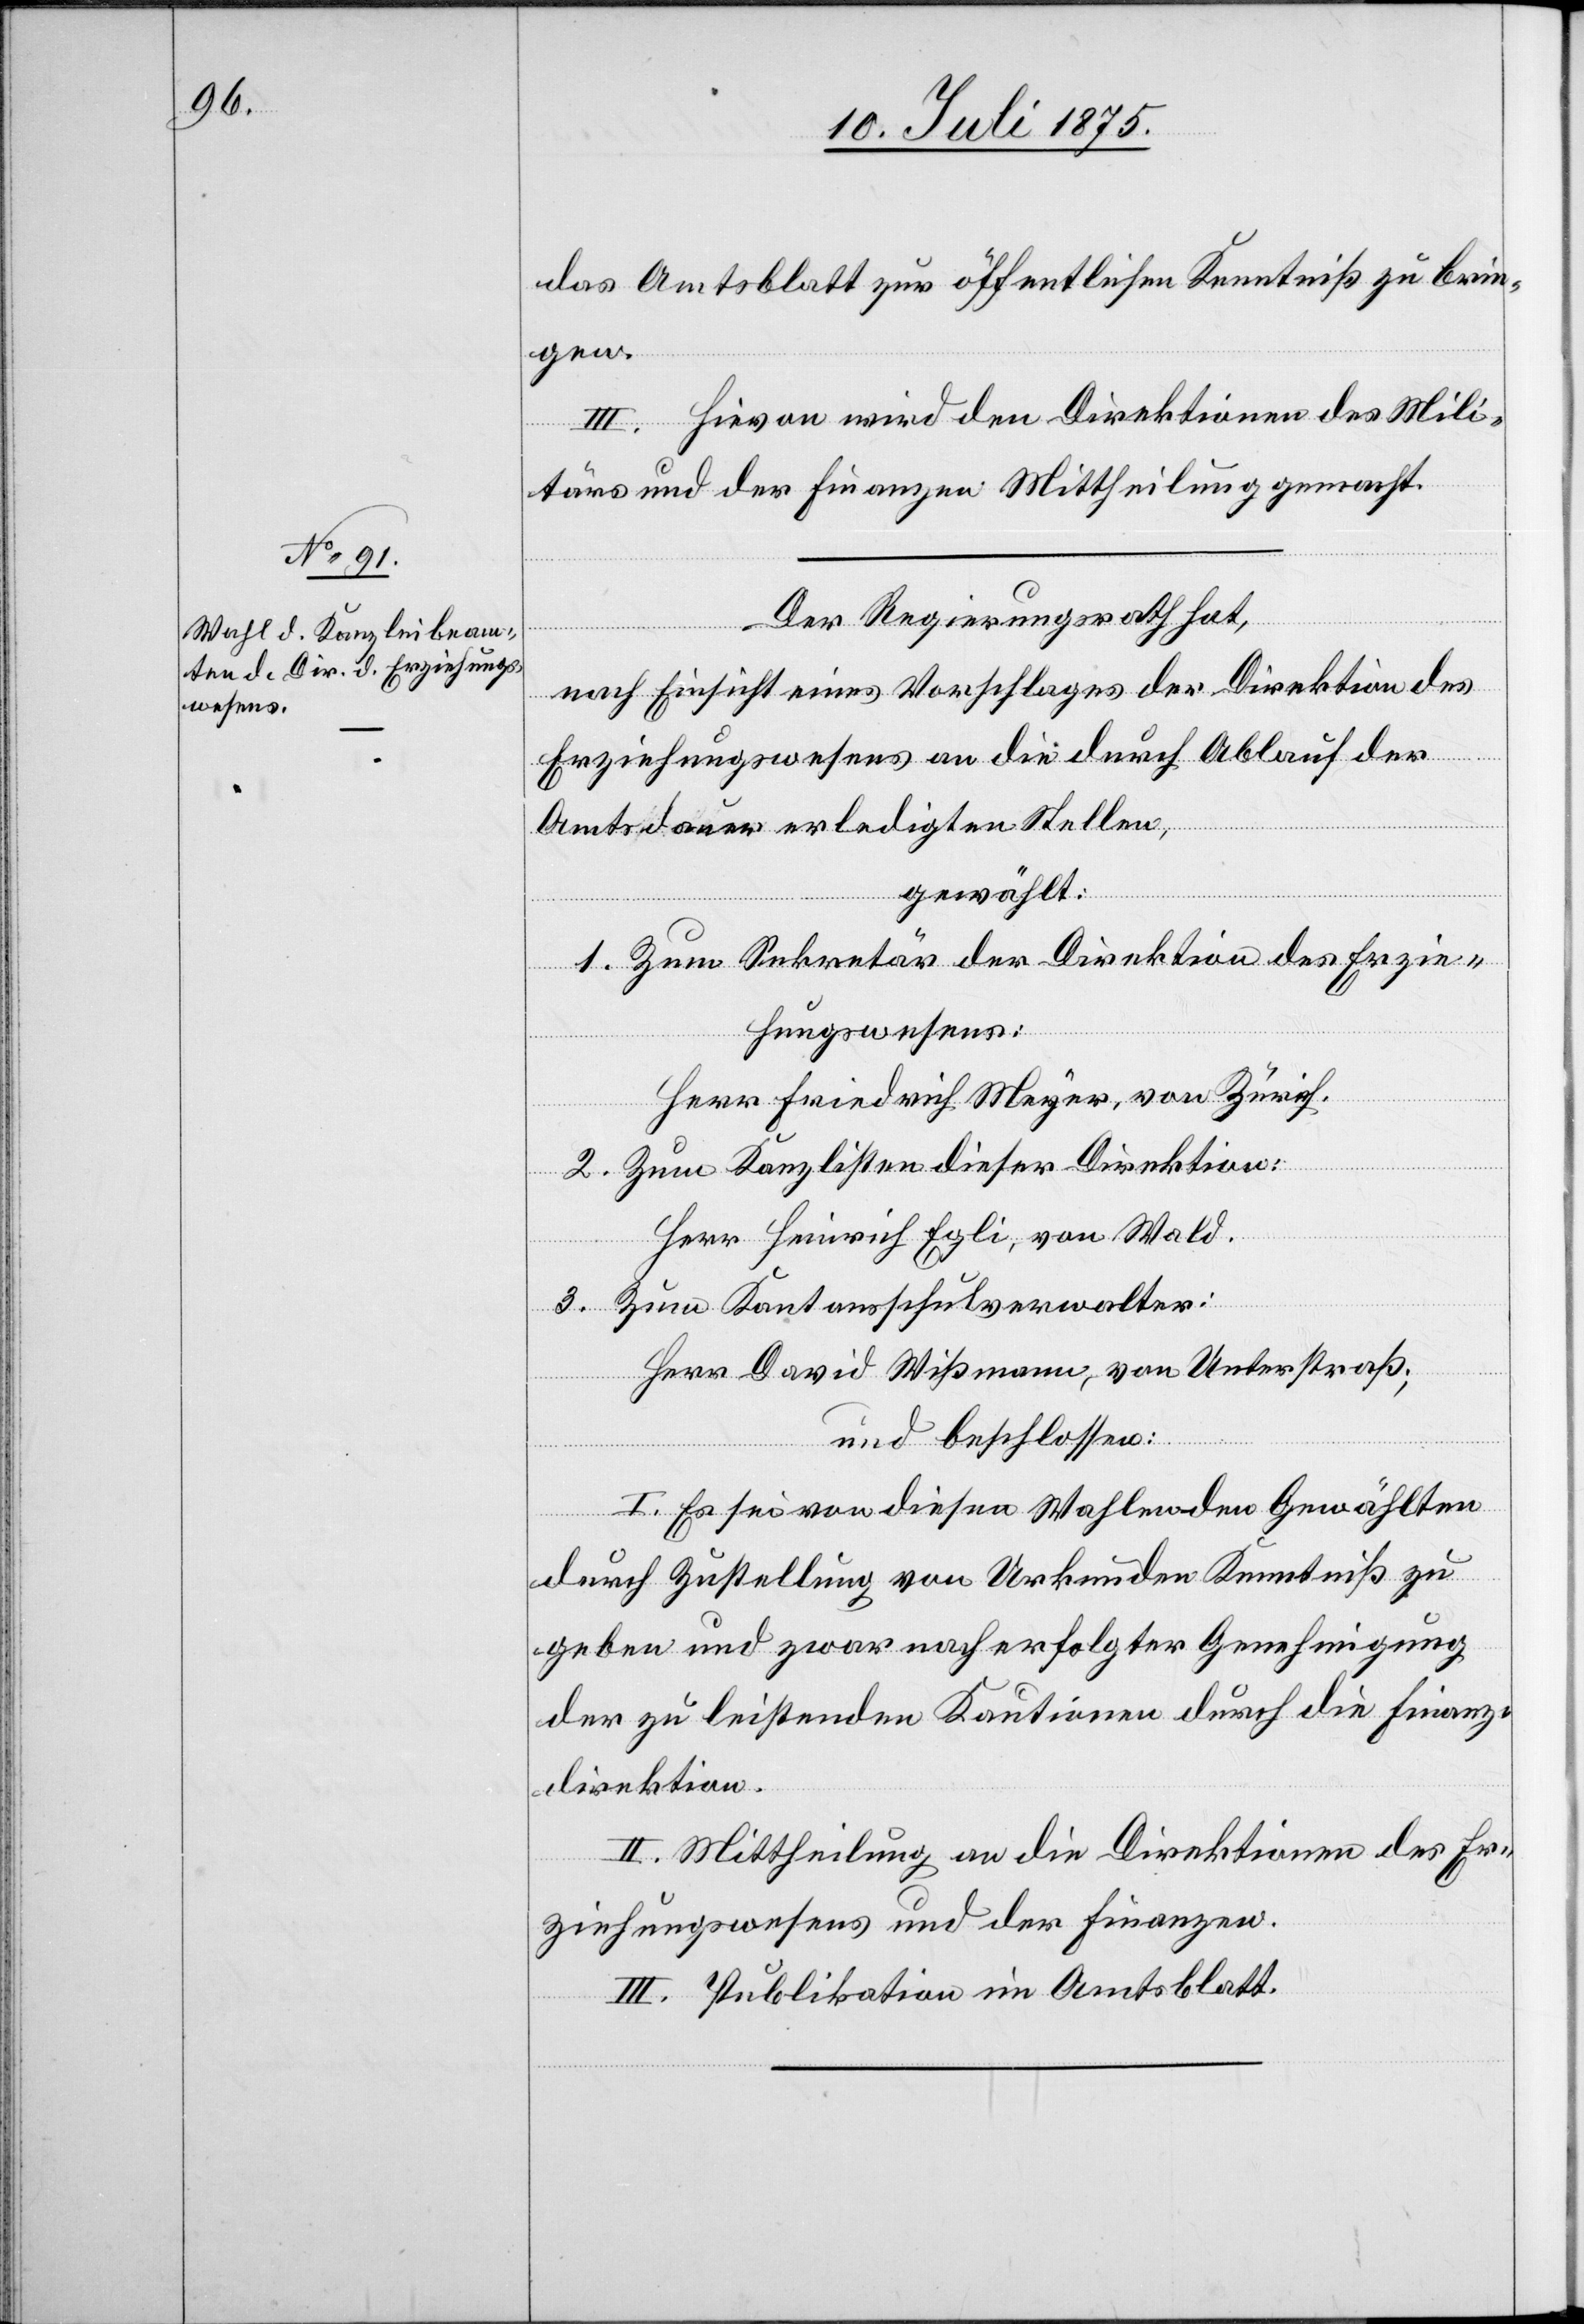
das Amtsblatt zur öffentlichen Kenntniß zu brin¬
gen.
III. Hievon wird den Direktionen des Mili¬
tärs und der Finanzen Mittheilung gemacht.
Der Regierungsrath hat,
nach Einsicht eines Vorschlages der Direktion des
Erziehungswesens an die durch Ablauf der
Amtsdauer erledigten Stellen,
gewählt:
1. Zum Sekretär der Direktion des Erzie¬
hungswesens:
Herr Friedrich Meyer, von Zürich.
2. Zum Kanzlisten dieser Direktion:
Herr Heinrich Egli, von Wald.
3. Zum Kantonsschulverwalter:
Herr David Wißmann, von Unterstraß;
und beschlossen:
I. Es sei von diesen Wahlen den Gewählten
durch Zustellung von Urkunden Kenntniß zu
geben und zwar nach erfolgter Genehmigung
der zu leistenden Kautionen durch die Finanz¬
direktion.
II. Mittheilung an die Direktionen des Er¬
ziehungswesens und der Finanzen.
III. Publikation im Amtsblatt.